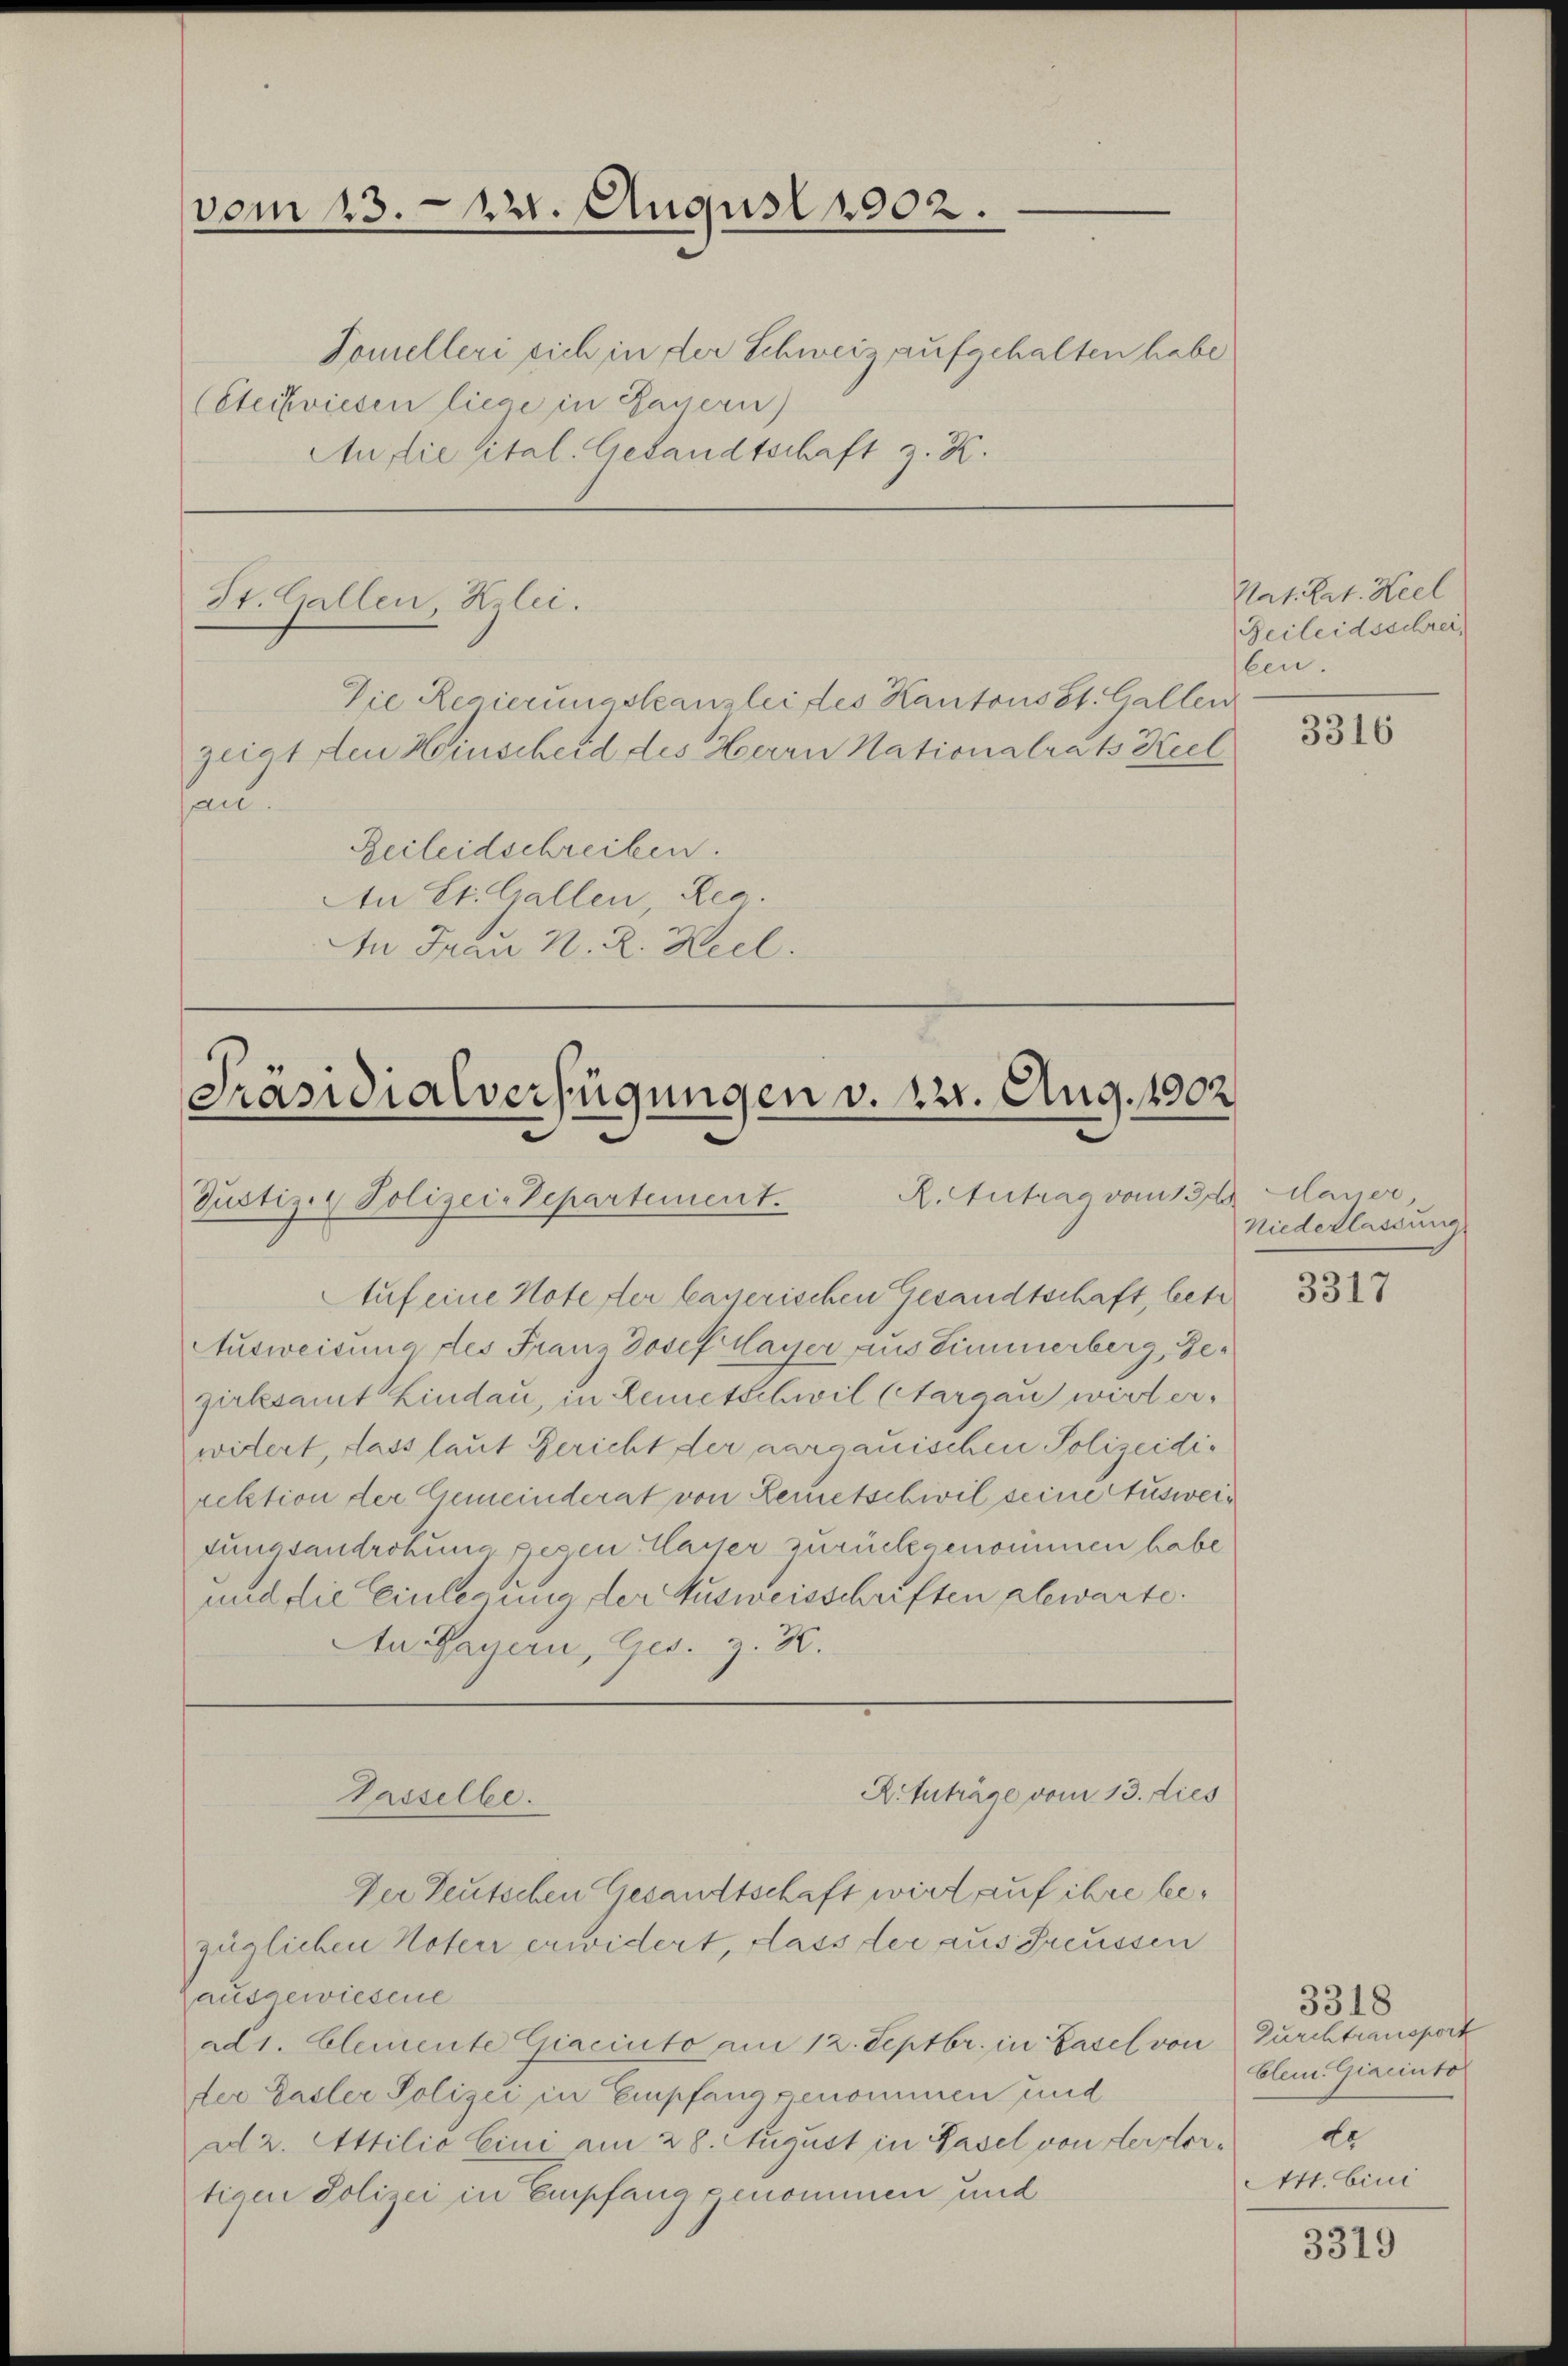
vom 13. 22. August 1902.

Tomelleri sich in der Schweiz aufgehalten habe
(Steckwiesen liege in Bauern)
An die sital. Gesandtschaft z. K.

St. Gallen, Klei.

Die Regierungskanzlei des Kantons St. Gallen
zeigt den Hinscheid des Herrn Nationalrats Keel
san.
Beileidschreiben.
An St. Gallen, Rec
An Frau N. R. Ziel.

Präsidialverfügungen v. 22. Aug. 1902
R. Antrag vom 13t
Justiz- & Polizei-Departement.
Auf eine Note der kasserischen Gesandtschaft, betr

Ausweisung des Franz Josef Mayer aus Zimmerberg, Gezirksamt Kindau, in Lemetschwil (Aargau wird erwidert, dass laut Gericht der aargauischen Polizeidirektion der Gemeinderat von Leuetschwil seine Ausweitungsandrohung pesen Classer zurückgenommen habe
und die Einlegung der Ausweisschriften abwarte.
An Bayern, Ges. z. B.

R. tuträge vom 13. dies
Tasselbe.

Der Teutschen Gesandtschaft wird auf ihre be¬

züglichen Noter erwidert, dass der aus Freussen
ausgewiesene
ad 1. Clemente Giacinto am 12. Septbr. in Basel von
der Gasler Polizei in Empfang genommen und
ad 2. Attilio Eini am 28. August in Basel von derfortigen Polizei in Empfana genommen und

Nat. Art. Keel
Zeileidsschreiben.

3316

dauer
Niederlassung.

3317

3318
Durchtransport
blein. Giacinto
be
Att. Eini

3319